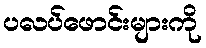
ပလပ်ဖောင်းများကို